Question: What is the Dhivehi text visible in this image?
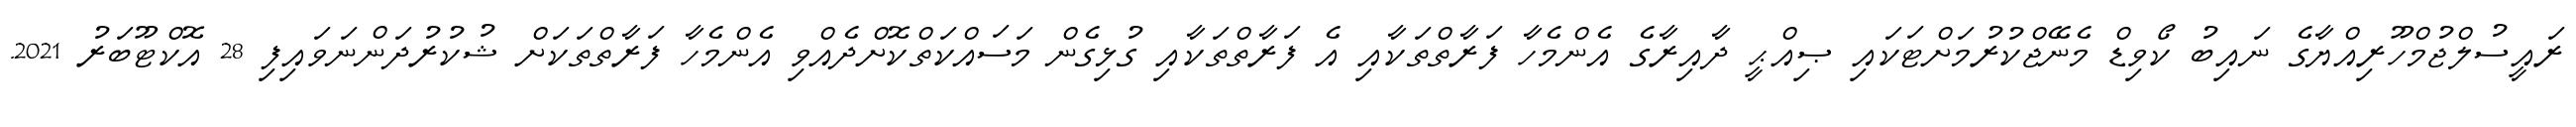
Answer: ރައީސުލްޖުމްހޫރިއްޔާގެ ނައިބު ކޯވިޑް މެނޭޖްކުރުމަށްޓަކައި ޞިއްޙީ ދާއިރާގެ އެންމެހާ ފަރާތްތަކާއި އެ ފަރާތްތަކާއި ގުޅިގެން މަސައްކަތްކޮށްދެއްވި އެންމެހާ ފަރާތްތަކަށް ޝުކުރުދަންނަވައިފި 28 އޮކްޓޫބަރު 2021.